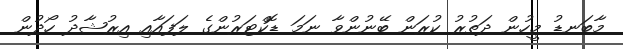
މާބަނޑު މީހުން ދަތުރު ކުރަން ބޭނުންވާ ނަމަ ޑޮކްޓަރުންގެ ލަފައާއި އިރުޝާދު ހޯދުން